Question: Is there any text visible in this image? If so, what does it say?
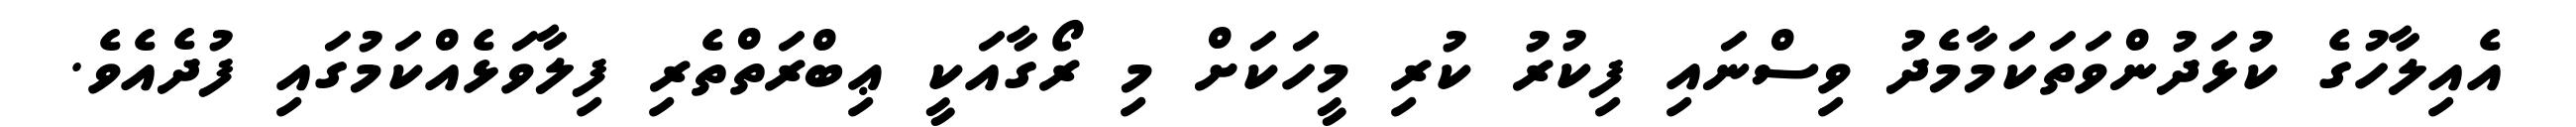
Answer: އެއިލާހުގެ ކުޅަދުންވަތަކަމާމެދު ވިސްނައި ފިކުރު ކުރި މީހަކަށް މި ރޯގާއަކީ ޢިބްރަތްތެރި ފިލާވަޅެއްކަމުގައި ފުދެއެވެ.